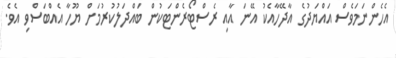
އެހެންނަމަވެސް އައްޔަދުގެ އާދޭހާއެކު އޭނަ އާއި ރެސްޓޯރެންޓަކުން ބައްދަލުކުރުމަށް ޔޫހާ އެއްބަސްވި އެވެ.